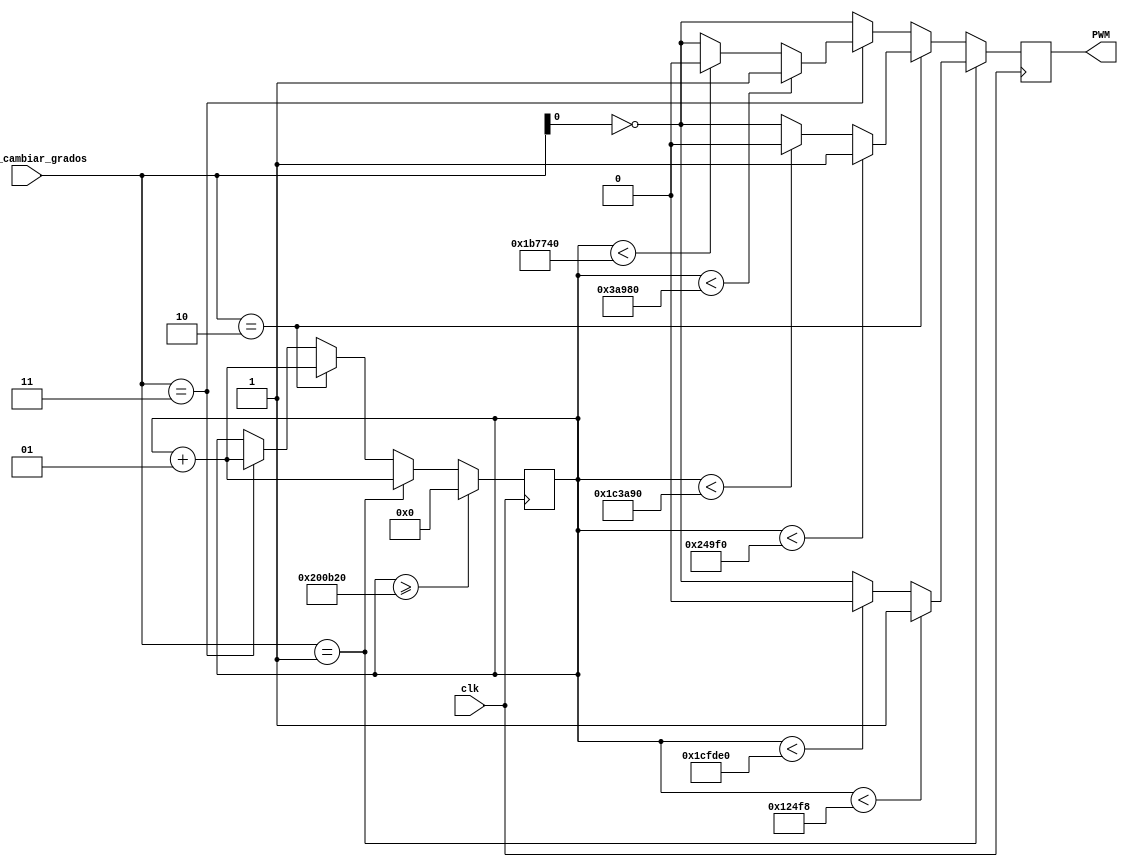
`timescale 10ns/1ns
module servo( input clk, output reg PWM, input [1:0]boton_cambiar_grados );

//wire [1:0] boton_cambiar_grados;
integer contador;
integer frecuencia;
  
integer auxContador;
reg C;

initial begin
PWM=0; // El PWM del servo ancho de pulso es 20 ms
contador=0;
//frecuencia=50_000_000;
frecuencia=100_000_000;



 // Contador PWM
//C=1;// Se encarga de cambiar entre estados
end


	

		
always@(posedge clk) begin


PWM<=~boton_cambiar_grados;

//C<= boton_cambiar_grados;
	auxContador=auxContador+1;
	//if(boton_cambiar_grados&&auxContador>50_000_000)
	//begin

	//C <= 1+C;
	//if(boton_cambiar_grados==4) //C<=1;
	//auxContador=0;

	//end

	
	if(boton_cambiar_grados==1)
		begin
				contador<= contador +1;                      
				if (contador< 75_000)//  1ms/periodo FPGA
				begin
					PWM <= 1;
				end
				else
				if (contador < 1_900_000) //1ms-20ms/periodo FPGA
				begin
				PWM <= 0;
				end
	end			
	else if(boton_cambiar_grados==2)
		begin
				contador<= contador +1;                      
				if (contador<150_000) // 1.5ms/periodo FPGA
				begin
				
					PWM <= 1;
				end
				else
				if (contador < 1_850_000) //1.5ms-20ms/periodo FPGA
				begin
				PWM <= 0;
				end
		
	end	

			
	else if(boton_cambiar_grados==3)
		begin
				contador<= contador +1;                      
				if (contador<240_000)	//2ms/periodo FPGA
				begin
				
					PWM <= 1;
				end
				else
				if (contador < 1_800_000) //2ms-20ms/periodo FPGA
				begin
				PWM <= 0;
				end
		
				
	end

	if(contador >=2_100_000) // Se reinicia en 20 ms
	begin
		contador <= 0;
	end			
end
	
 endmodule